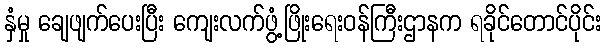
နှံမှု ချေဖျက်ပေးပြီး ကျေးလက်ဖွံ့ဖြိုးရေးဝန်ကြီးဌာနက ရခိုင်တောင်ပိုင်း